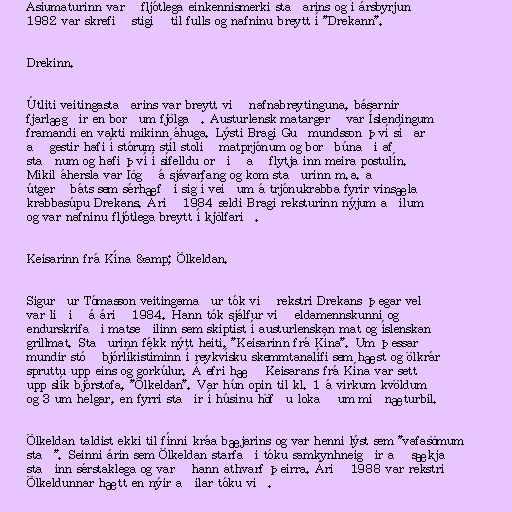
Asíumaturinn varð fljótlega einkennismerki staðarins og í ársbyrjun
1982 var skrefið stigið til fulls og nafninu breytt í "Drekann".

Drekinn.

Útliti veitingastaðarins var breytt við nafnabreytinguna, básarnir
fjarlægðir en borðum fjölgað. Austurlensk matargerð var Íslendingum
framandi en vakti mikinn áhuga. Lýsti Bragi Guðmundsson því síðar
að gestir hafi í stórum stíl stolið matprjónum og borðbúnaði af
staðnum og hafi því í sífelldu orðið að flytja inn meira postulín.
Mikil áhersla var lögð á sjávarfang og kom staðurinn m.a. að
útgerð báts sem sérhæfði sig í veiðum á trjónukrabba fyrir vinsæla
krabbasúpu Drekans. Árið 1984 seldi Bragi reksturinn nýjum aðilum
og var nafninu fljótlega breytt í kjölfarið.

Keisarinn frá Kína &amp; Ölkeldan.

Sigurður Tómasson veitingamaður tók við rekstri Drekans þegar vel
var liðið á árið 1984. Hann tók sjálfur við eldamennskunni og
endurskrifaði matseðilinn sem skiptist í austurlenskan mat og íslenskan
grillmat. Staðurinn fékk nýtt heiti, "Keisarinn frá Kína". Um þessar
mundir stóð bjórlíkistíminn í reykvísku skemmtanalífi sem hæst og ölkrár
spruttu upp eins og gorkúlur. Á efri hæð Keisarans frá Kína var sett
upp slík bjórstofa, "Ölkeldan". Var hún opin til kl. 1 á virkum kvöldum
og 3 um helgar, en fyrri staðir í húsinu höfðu lokað um miðnæturbil.

Ölkeldan taldist ekki til fínni kráa bæjarins og var henni lýst sem "vafasömum
stað". Seinni árin sem Ölkeldan starfaði tóku samkynhneigðir að sækja
staðinn sérstaklega og varð hann athvarf þeirra. Árið 1988 var rekstri
Ölkeldunnar hætt en nýir aðilar tóku við.